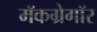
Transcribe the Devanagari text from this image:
मॅकग्रेगॉर